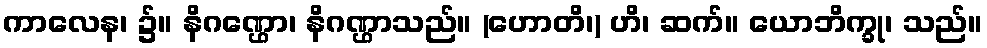
ကာလေန၊ ၌။ နိဂဏ္ဌော၊ နိဂဏ္ဌာသည်။ (ဟောတိ၊) ဟိ၊ ဆက်။ ယောဘိက္ခု၊ သည်။